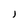
Character: J